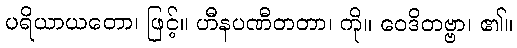
ပရိယာယတော၊ ဖြင့်။ ဟီနပဏီတတာ၊ ကို။ ဝေဒိတဗ္ဗာ၊ ၏။